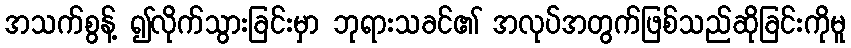
အသက်စွန့် ၍လိုက်သွားခြင်းမှာ ဘုရားသခင်၏ အလုပ်အတွက်ဖြစ်သည်ဆိုခြင်းကိုမူ